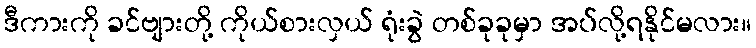
ဒီကားကို ခင်ဗျားတို့ ကိုယ်စားလှယ် ရုံးခွဲ တစ်ခုခုမှာ အပ်လို့ရနိုင်မလား။